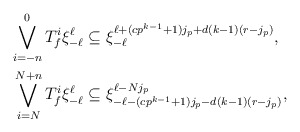
\begin{align*}\bigvee_{i=-n}^0 T_f^i \xi_{-\ell}^{\ell} &\subseteq \xi^{\ell + (c p^{k-1} + 1) j_p + d (k-1)(r - j_p)}_{-\ell}, \\\bigvee_{i=N}^{N+n} T_f^i \xi_{-\ell}^{\ell} &\subseteq \xi^{\ell - N j_p}_{-\ell - (c p^{k-1} + 1) j_p - d (k-1)(r - j_p)}, \end{align*}